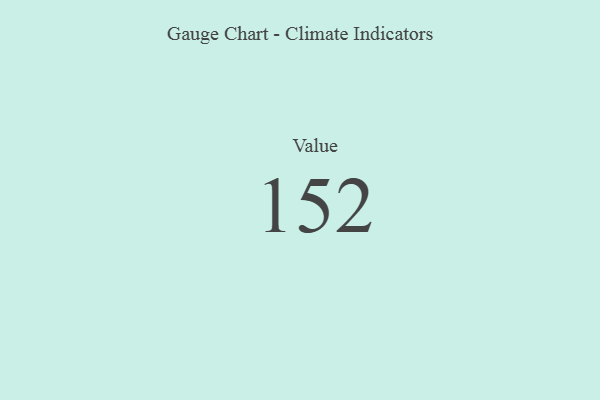
{"axis": {"x": "Metric", "y": "Value"}, "legend": [""], "data": [{"x": "Value", "y": 152, "type": ""}]}